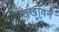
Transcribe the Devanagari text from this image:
तखावन